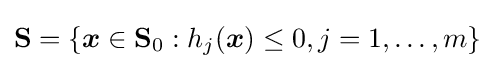
\mathbf {S} =\{{\boldsymbol {x}}\in \mathbf {S} _{0}:h_{j}({\boldsymbol {x}})\leq 0,j=1,\ldots ,m\}